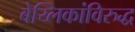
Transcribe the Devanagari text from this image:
बेय्लिकांविरुद्ध